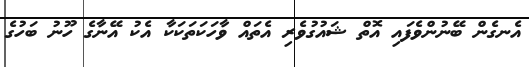
އެނގެން ބޭނުންވެފައި އޮތް ޝައުގުވެރި އެތައް ވާހަކަތަކަކާ އެކު އޭނާގެ ހޫނު ބަހުގެ